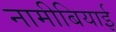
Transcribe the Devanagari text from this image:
नामीबियाई